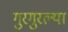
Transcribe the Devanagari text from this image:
गुरगुरल्या